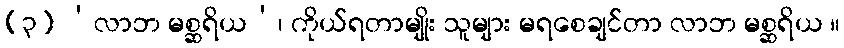
(၃) ‘လာဘ မစ္ဆရိယ’၊ ကိုယ်ရတာမျိုး သူများ မရစေချင်တာ လာဘ မစ္ဆရိယ ။